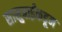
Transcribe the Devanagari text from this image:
सासुबाईंकडून